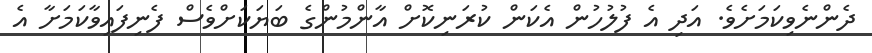
ދެންނެވިކަމަށެވެ. އަދި އެ ފުލުހުން އެކަން ކުރަނިކޮށް އާންމުންގެ ބަޔަކަށްވެސް ފެނިފައިވާކަމަށާ އެ